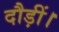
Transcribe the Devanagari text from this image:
दौड़ीं।